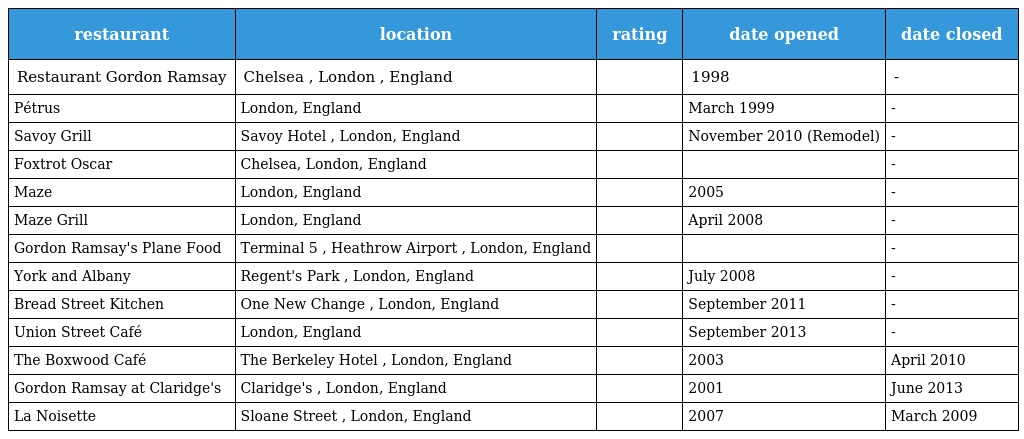
| restaurant | location | rating | date opened | date closed |
 | --- | --- | --- | --- | --- |
 | Restaurant Gordon Ramsay | Chelsea , London , England |  | 1998 | - |
 | Pétrus | London, England |  | March 1999 | - |
 | Savoy Grill | Savoy Hotel , London, England |  | November 2010 (Remodel) | - |
 | Foxtrot Oscar | Chelsea, London, England |  |  | - |
 | Maze | London, England |  | 2005 | - |
 | Maze Grill | London, England |  | April 2008 | - |
 | Gordon Ramsay's Plane Food | Terminal 5 , Heathrow Airport , London, England |  |  | - |
 | York and Albany | Regent's Park , London, England |  | July 2008 | - |
 | Bread Street Kitchen | One New Change , London, England |  | September 2011 | - |
 | Union Street Café | London, England |  | September 2013 | - |
 | The Boxwood Café | The Berkeley Hotel , London, England |  | 2003 | April 2010 |
 | Gordon Ramsay at Claridge's | Claridge's , London, England |  | 2001 | June 2013 |
 | La Noisette | Sloane Street , London, England |  | 2007 | March 2009 |